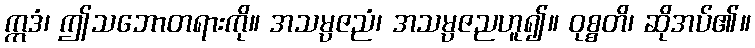
ဣဒံ၊ ဤသဘောတရားကို။ အသမ္ပဇညံ၊ အသမ္ပဇညဟူ၍။ ဝုစ္စတိ၊ ဆိုအပ်၏။